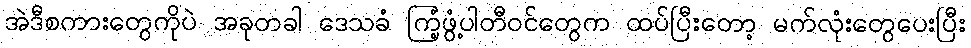
အဲဒီစကားတွေကိုပဲ အခုတခါ ဒေသခံ ကြံ့ဖွံ့ပါတီဝင်တွေက ထပ်ပြီးတော့ မက်လုံးတွေပေးပြီး